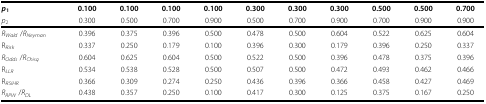
<table><thead><tr><td><b><i>p</i><sub>1</sub></b></td><td><b>0.100</b></td><td><b>0.100</b></td><td><b>0.100</b></td><td><b>0.100</b></td><td><b>0.300</b></td><td><b>0.300</b></td><td><b>0.300</b></td><td><b>0.500</b></td><td><b>0.500</b></td><td><b>0.700</b></td></tr><tr><td><b><i>p</i><sub>2</sub></b></td><td><b>0.300</b></td><td><b>0.500</b></td><td><b>0.700</b></td><td><b>0.900</b></td><td><b>0.500</b></td><td><b>0.700</b></td><td><b>0.900</b></td><td><b>0.700</b></td><td><b>0.900</b></td><td><b>0.900</b></td></tr></thead><tbody><tr><td><i>R</i><sub><i>Wald </i></sub>/<i>R</i><sub><i>Neyman</i></sub></td><td>0.396</td><td>0.375</td><td>0.396</td><td>0.500</td><td>0.478</td><td>0.500</td><td>0.604</td><td>0.522</td><td>0.625</td><td>0.604</td></tr><tr><td>R<sub><i>Risk</i></sub></td><td>0.337</td><td>0.250</td><td>0.179</td><td>0.100</td><td>0.396</td><td>0.300</td><td>0.179</td><td>0.396</td><td>0.250</td><td>0.337</td></tr><tr><td><i>R</i><sub><i>Odds </i></sub>/<i>R</i><sub><i>Chisq</i></sub></td><td>0.604</td><td>0.625</td><td>0.604</td><td>0.500</td><td>0.522</td><td>0.500</td><td>0.396</td><td>0.478</td><td>0.375</td><td>0.396</td></tr><tr><td>R<sub><i>LLR</i></sub></td><td>0.534</td><td>0.538</td><td>0.528</td><td>0.500</td><td>0.507</td><td>0.500</td><td>0.472</td><td>0.493</td><td>0.462</td><td>0.466</td></tr><tr><td>R<sub><i>RSIHR</i></sub></td><td>0.366</td><td>0.309</td><td>0.274</td><td>0.250</td><td>0.436</td><td>0.396</td><td>0.366</td><td>0.458</td><td>0.427</td><td>0.469</td></tr><tr><td><i>R</i><sub><i>RPW </i></sub>/<i>R</i><sub><i>DL</i></sub></td><td>0.438</td><td>0.357</td><td>0.250</td><td>0.100</td><td>0.417</td><td>0.300</td><td>0.125</td><td>0.375</td><td>0.167</td><td>0.250</td></tr></tbody></table>